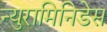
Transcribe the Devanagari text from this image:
न्युरामिनिडेस